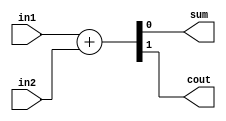
module half_adder
(
	input			in1,
	input			in2,
	output			sum,
	output			cout
);

assign {cout,sum} = in1 + in2;
endmodule